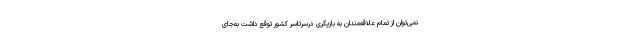
نمی‌توان از تمام علاقه‌مندان به بازیگری درسرتاسر کشور توقع داشت به‌جای